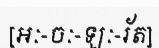
[អៈ-ចៈ-ឡៈ-រ័ត]